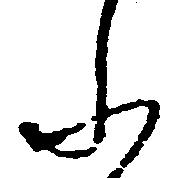
ふ